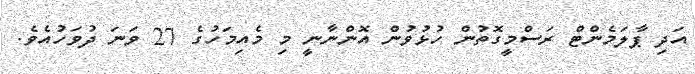
އަދި ޕާލަމެންޓް ރަސްމީގޮތުން ހުޅުވުން އޮންނާނީ މި މެއިމަހުގެ 27 ވަނަ ދުވަހުއެވެ.